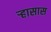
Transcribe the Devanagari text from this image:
ऱ्हासास